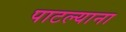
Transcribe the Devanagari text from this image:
पाटल्याना